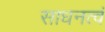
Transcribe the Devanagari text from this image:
साधनत्वं